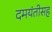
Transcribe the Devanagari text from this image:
दमयंतीसह